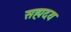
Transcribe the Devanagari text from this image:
सह्मदय